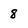
Character: 8